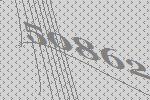
50862